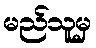
မည်သူမှ